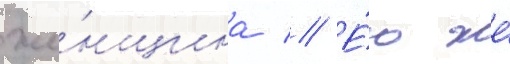
же́нщина // Е́ю же́